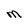
Character: M